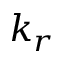
k _ { r }